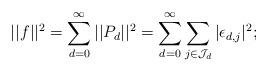
LaTeX: \begin{align*}||f||^2=\sum_{d=0}^{\infty}||P_d||^2=\sum_{d=0}^{\infty}\sum_{j\in\mathcal J_d}|\epsilon_{d,j}|^2;\end{align*}